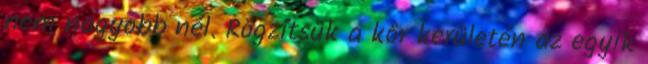
nem nagyobb nél. Rögzítsük a kör kerületén az egyik